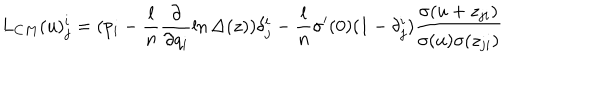
LaTeX: L _ { C M } ( u ) _ { j } ^ { i } = ( p _ { i } - \frac { l } { n } \frac { \partial } { \partial q _ { i } } \ln \Delta ( z ) ) \delta _ { j } ^ { i } - \frac { l } { n } \sigma ^ { \prime } ( 0 ) ( 1 - \delta _ { j } ^ { i } ) \frac { \sigma ( u + z _ { j i } ) } { \sigma ( u ) \sigma ( z _ { j i } ) }